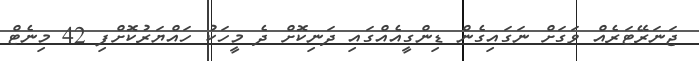
ޖަނަރޭޓަރެއް ވަގަށް ނަގައިގެން ޑިންގީއެއްގައި ދަނިކޮށް ދެ މީހަކު ހައްޔަރުކޮށްފި 42 މިނެޓް